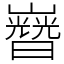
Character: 𡾡